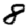
Digit: 8